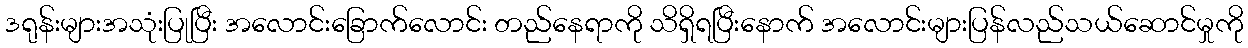
ဒရုန်းများအသုံးပြုပြီး အလောင်းခြောက်လောင်း တည်နေရာကို သိရှိရပြီးနောက် အလောင်းများပြန်လည်သယ်ဆောင်မှုကို